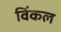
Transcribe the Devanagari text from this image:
विंकल